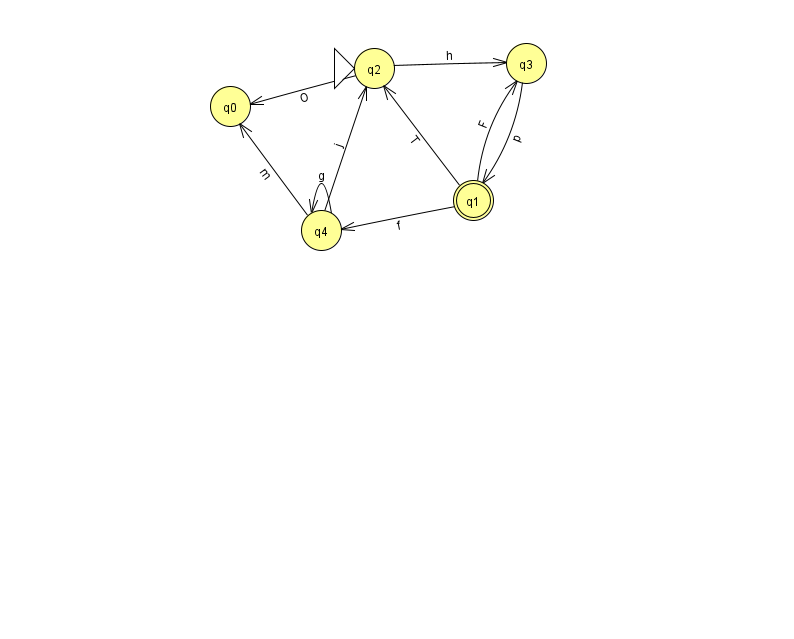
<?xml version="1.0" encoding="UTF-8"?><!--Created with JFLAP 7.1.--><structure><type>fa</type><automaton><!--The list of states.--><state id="0" name="q0"><x>230.0</x><y>93.0</y></state><state id="1" name="q1"><x>473.0</x><y>187.0</y><final/></state><state id="2" name="q2"><x>374.0</x><y>55.0</y><initial/></state><state id="3" name="q3"><x>526.0</x><y>50.0</y></state><state id="4" name="q4"><x>321.0</x><y>217.0</y></state><!--The list of transitions.--><transition><from>2</from><to>3</to><read>h</read></transition><transition><from>1</from><to>2</to><read>T</read></transition><transition><from>4</from><to>0</to><read>m</read></transition><transition><from>4</from><to>2</to><read>j</read></transition><transition><from>4</from><to>4</to><read>g</read></transition><transition><from>1</from><to>4</to><read>f</read></transition><transition><from>2</from><to>0</to><read>O</read></transition><transition><from>3</from><to>1</to><read>p</read></transition><transition><from>1</from><to>3</to><read>F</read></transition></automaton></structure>